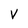
Character: V